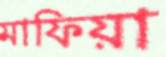
মাফিয়া